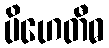
ပိဟေတီဓ